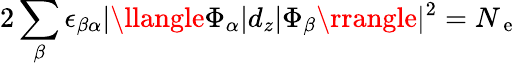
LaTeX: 2\sum_{\beta}\epsilon_{\beta\alpha}|\llangle\Phi_{\alpha}|d_{z}|\Phi_{\beta}\rrangle|^{2}=N_{\mathrm{~e~}}